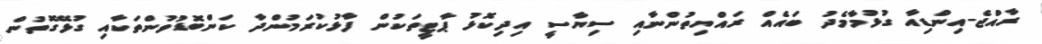
ރާއްޖެ-އިންޑިއާ ގުޅުމާމެދު ބައެއް ރައްޔިތުންނާއި ސިޔާސީ އިދިކޮޅު ޕާޓީތަކުން ފާޅުކުރަމުންދާ ކަންބޮޑުވުންތަކާއި ގުޅޭގޮތުން